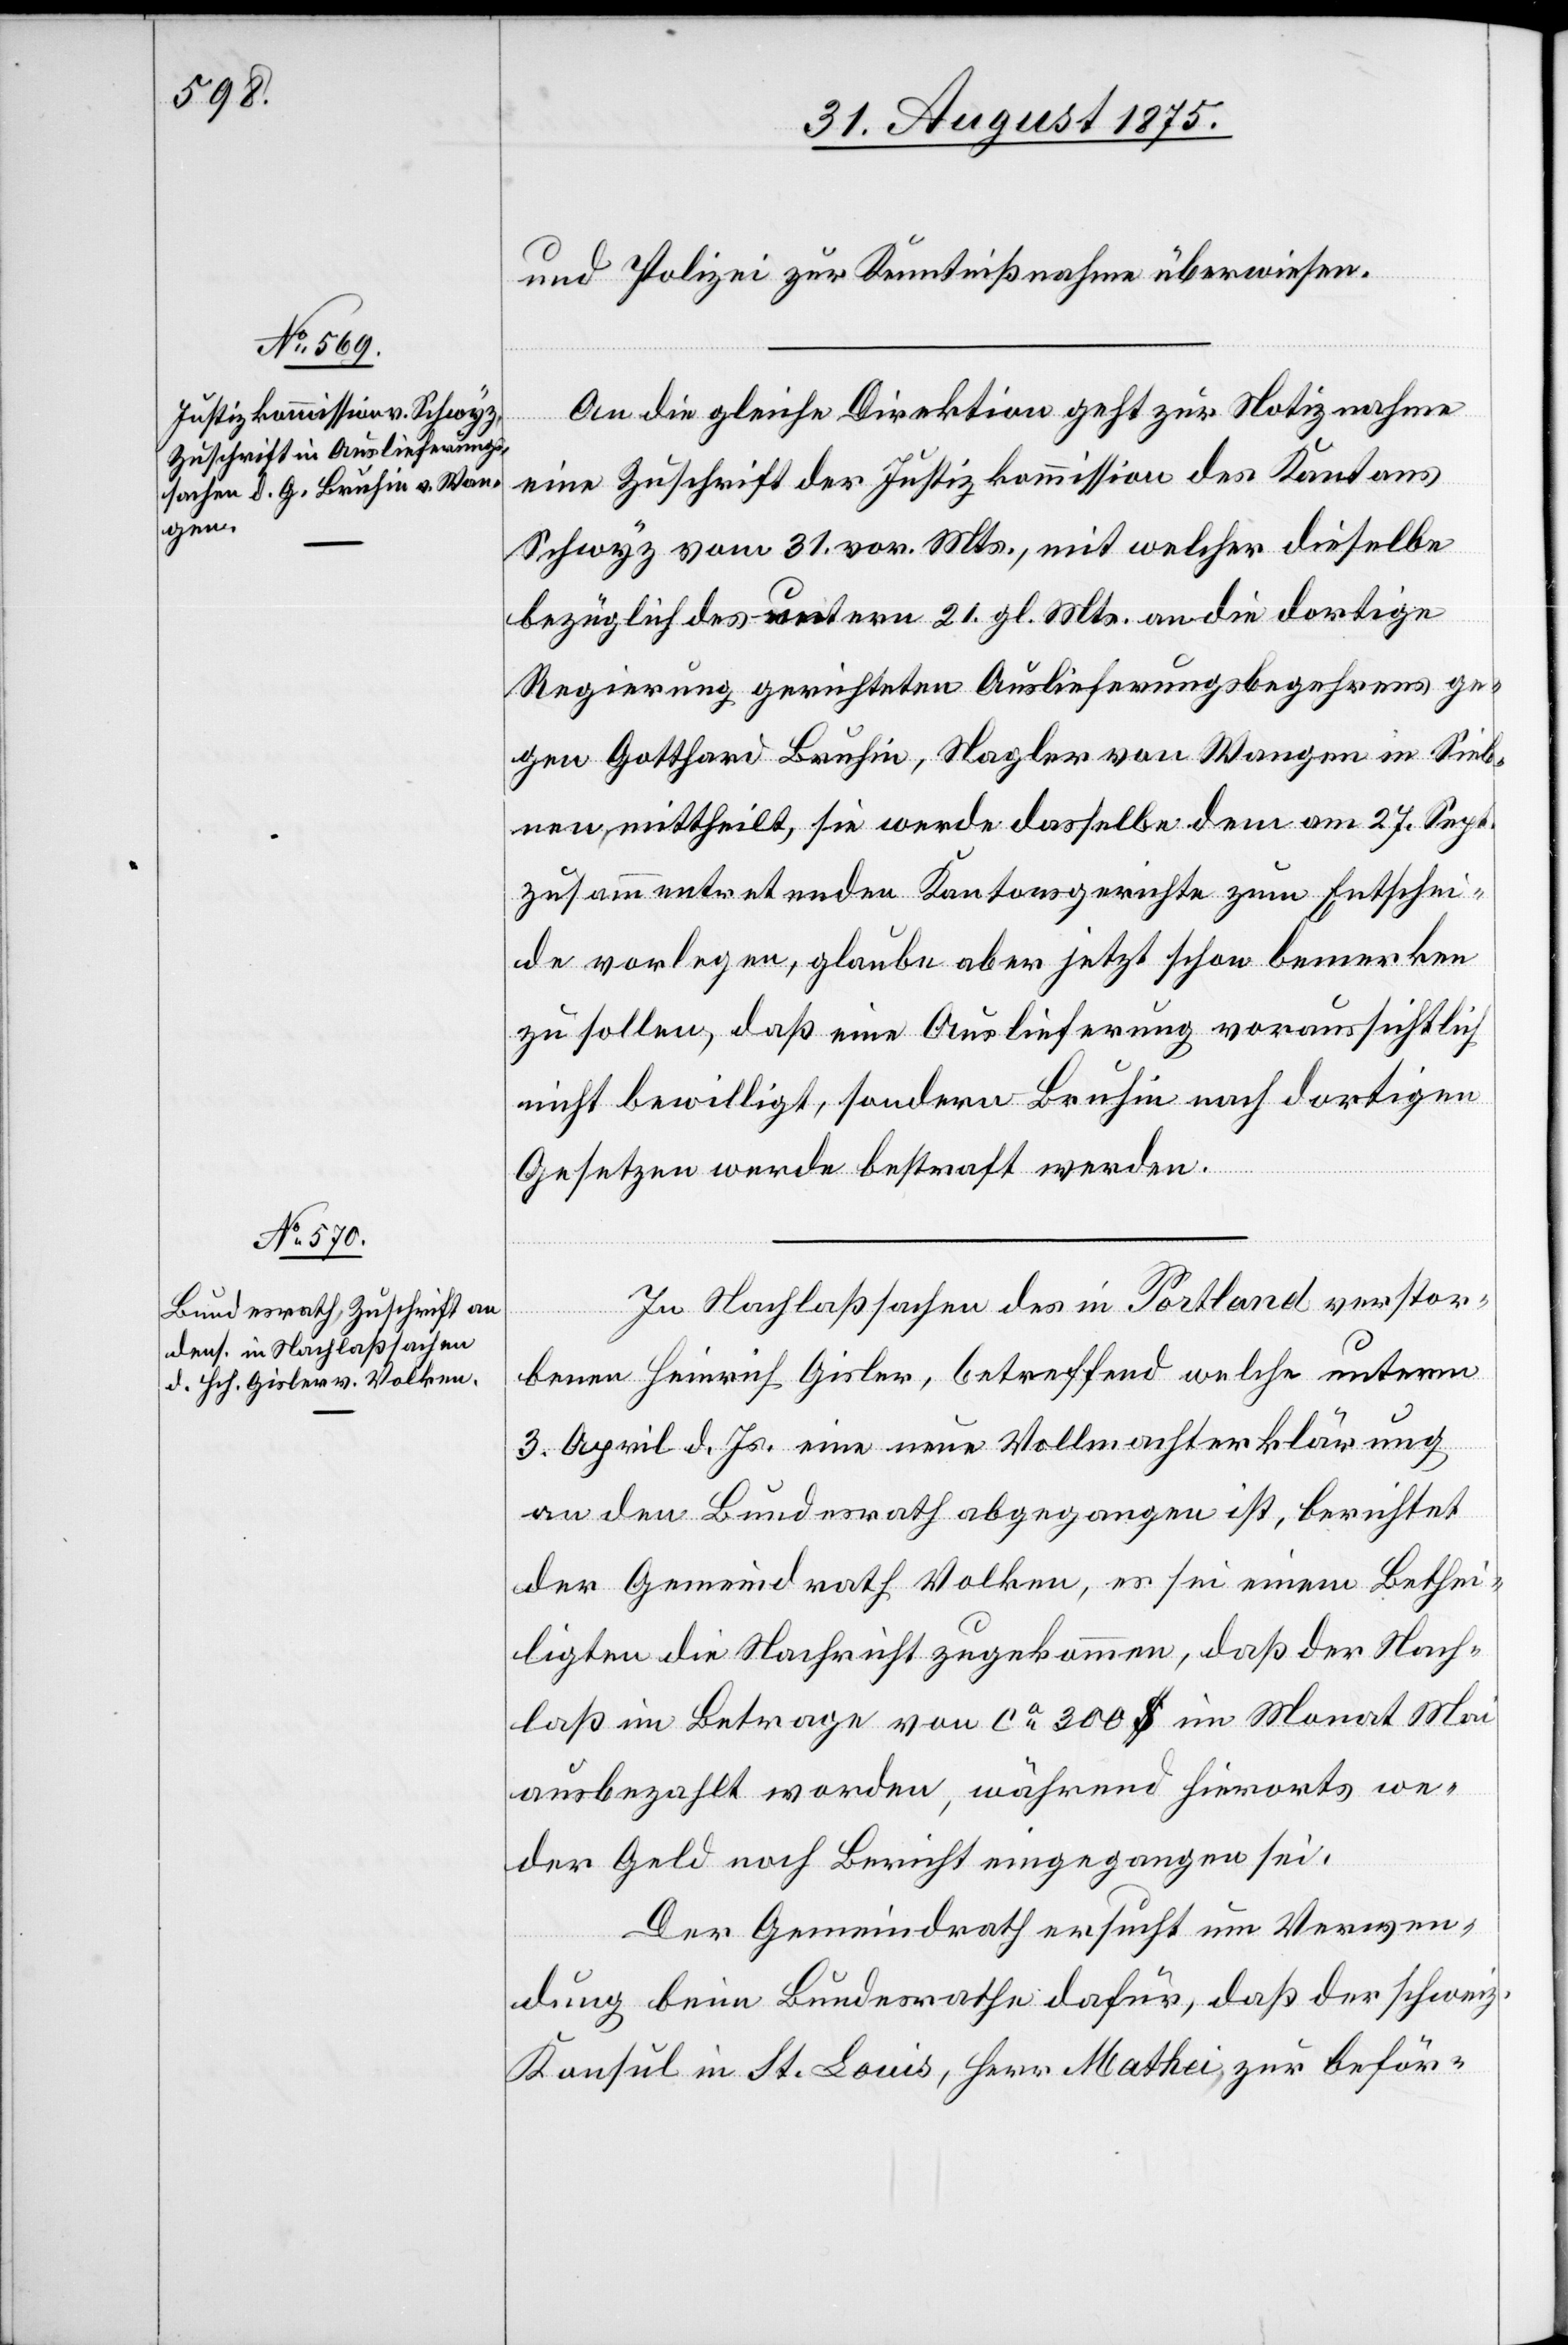
September
und Polizei zur Kenntnißnahme überwiesen.
An die gleiche Direktion geht zur Notiznahme
eine Zuschrift der Justizkommission des Kantons
Schwyz vom 31. vor. Mts., mit welcher dieselbe
bezüglich des untern [sic!] 21. gl. Mts. an die dortige
Regierung gerichteten Auslierungsbegehrens ge¬
gen Gotthard Bruhin, Nagler von Wangen in Sieb¬
nen, mittheilt, sie werde dasselbe dem am 27. Sept.
zusammentretenden Kantonsgerichte zum Entschei¬
de vorlegen, glaube aber jetzt schon bemerken
zu sollen, daß eine Auslieferung voraussichtlich
nicht bewilligt, sondern Bruhin nach dortigen
Gesetzen werde bestraft werden.
In Nachlaßsachen des in Portland verstor¬
benen Heinrich Gisler, betreffend welche unterm
3. April d. Js. eine neue Vollmacherklärung
an den Bundesrath abgegangen ist, berichtet
der Gemeindrath Volken, es sei einem Berthei¬
ligten die Nachricht zugekommen, daß der Nach¬
laß im Betrage von ca 300 $ im Monat Mai
ausbezahlt worden, während hierorts we¬
der Geld noch Bericht eingegangen sei.
Der Gemeindrath ersucht um Verwen¬
dung beim Bundesrathe dafür, daß der schweiz.
Konsul in St. Louis, Herr Mathei zur beför-